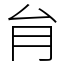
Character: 䏍